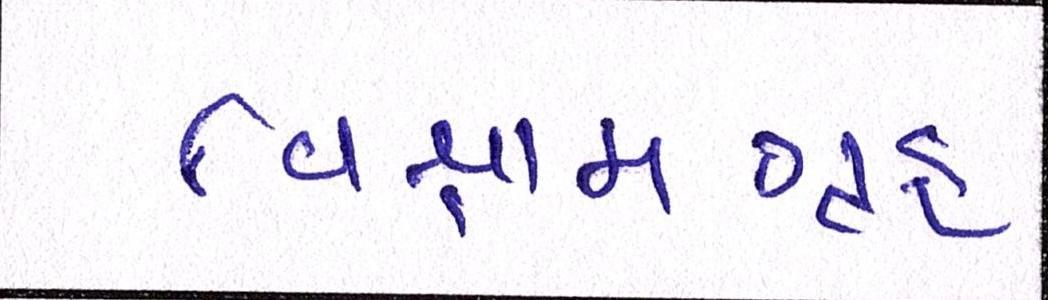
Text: વિશ્રામગૃહ